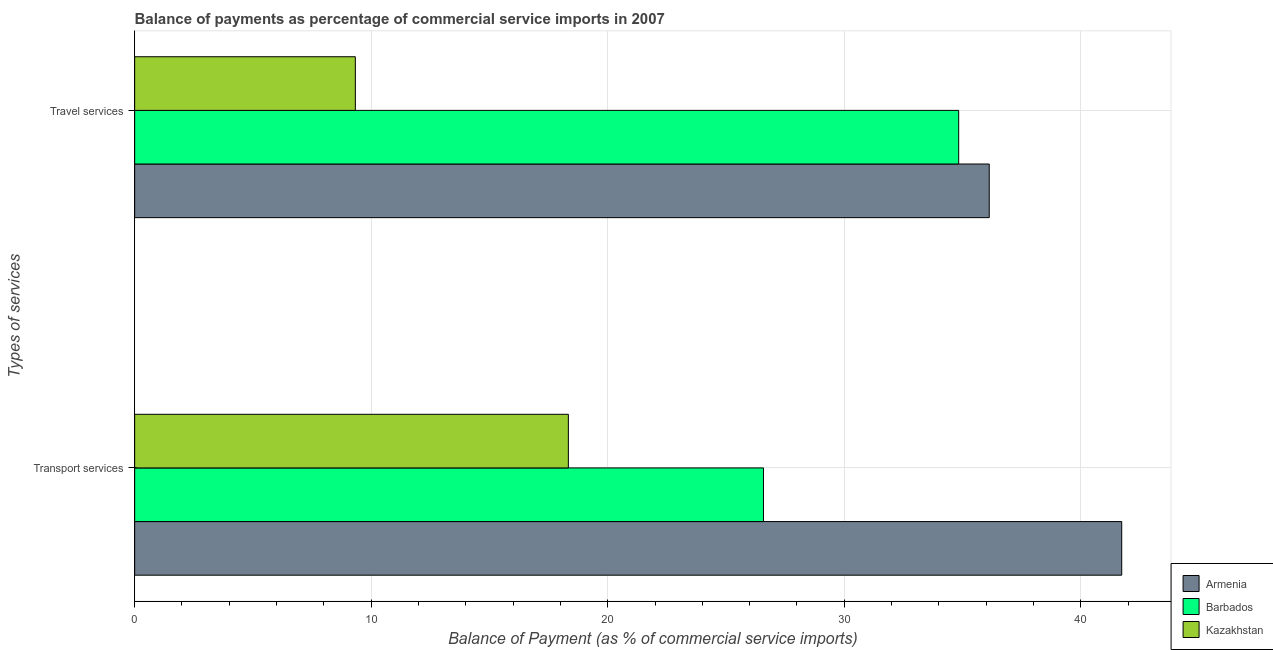
| Types of services | Armenia | Barbados | Kazakhstan |
 | --- | --- | --- | --- |
 | Transport services | 41.7 | 26.6 | 18.3 |
 | Travel services | 36.1 | 34.8 | 9.33 |